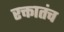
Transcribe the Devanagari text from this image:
रक्तातंच